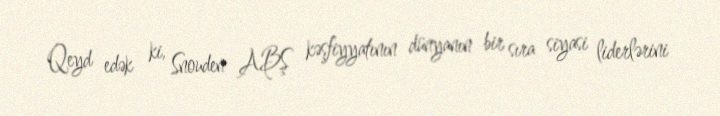
Qeyd edək ki, Snouden ABŞ kəşfiyyatının dünyanın bir sıra siyasi liderlərini